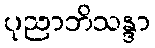
ပုညာဘိသန္ဒာ